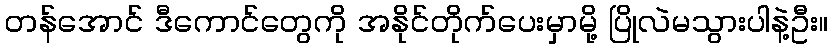
တန်အောင် ဒီကောင်တွေကို အနိုင်တိုက်ပေးမှာမို့ ပြိုလဲမသွားပါနဲ့ဦး။